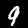
Digit: 9